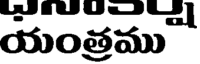
యంత్రము